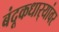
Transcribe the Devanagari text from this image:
बंदूकधार्‍यांवर